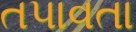
તપાવતા